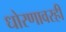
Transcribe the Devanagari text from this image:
धोरणावरही